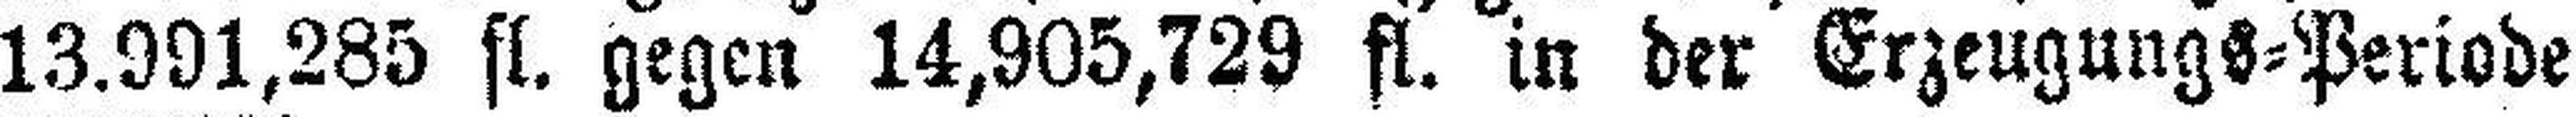
13.991,285 fl. gegen 14,905,729 fl. in der Erzeugungs=Periode